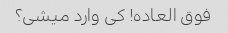
فوق العاده! کی وارد میشی؟